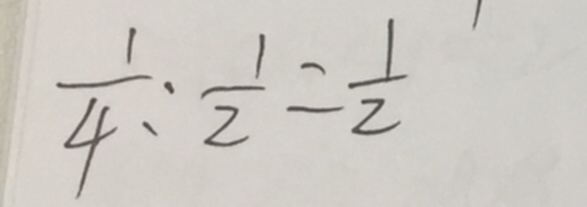
\frac { 1 } { 4 } : \frac { 1 } { 2 } = \frac { 1 } { 2 }